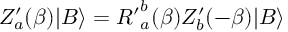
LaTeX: Z _ { a } ^ { \prime } ( \beta ) | B \rangle = { R ^ { \prime } } _ { a } ^ { b } ( \beta ) Z _ { b } ^ { \prime } ( - \beta ) | B \rangle